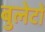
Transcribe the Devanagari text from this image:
बुलेटों